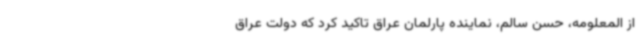
از المعلومه، حسن سالم، نماینده پارلمان عراق تاکید کرد که دولت عراق